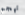
تهجم